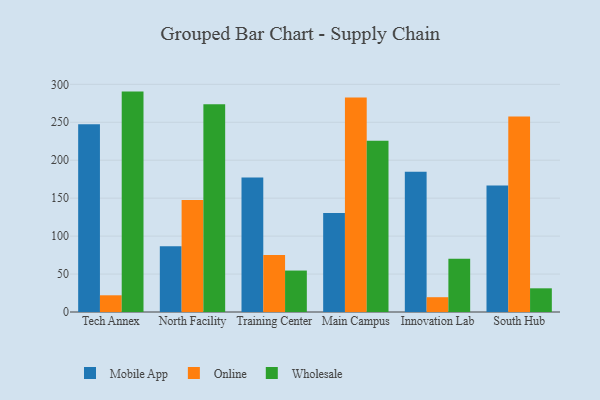
{"axis": {"x": "Campus", "y": "Churn Rate (%)"}, "legend": ["Mobile App", "Online", "Wholesale"], "data": [{"x": "Tech Annex", "y": 247.3, "type": "Mobile App"}, {"x": "Tech Annex", "y": 22.0, "type": "Online"}, {"x": "Tech Annex", "y": 290.4, "type": "Wholesale"}, {"x": "North Facility", "y": 86.5, "type": "Mobile App"}, {"x": "North Facility", "y": 147.6, "type": "Online"}, {"x": "North Facility", "y": 273.7, "type": "Wholesale"}, {"x": "Training Center", "y": 177.3, "type": "Mobile App"}, {"x": "Training Center", "y": 75.2, "type": "Online"}, {"x": "Training Center", "y": 54.6, "type": "Wholesale"}, {"x": "Main Campus", "y": 130.5, "type": "Mobile App"}, {"x": "Main Campus", "y": 282.6, "type": "Online"}, {"x": "Main Campus", "y": 225.5, "type": "Wholesale"}, {"x": "Innovation Lab", "y": 184.8, "type": "Mobile App"}, {"x": "Innovation Lab", "y": 19.5, "type": "Online"}, {"x": "Innovation Lab", "y": 70.2, "type": "Wholesale"}, {"x": "South Hub", "y": 166.6, "type": "Mobile App"}, {"x": "South Hub", "y": 257.5, "type": "Online"}, {"x": "South Hub", "y": 31.2, "type": "Wholesale"}]}